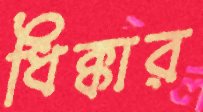
ধিক্‌কার